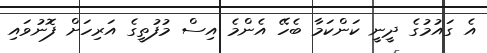
އެ ގައުމުގެ ދީނީ ކަންކަމާ ބެހޭ އެންމެ އިސް މުފުތީގެ އަރިހަށް ފޮނުވައި